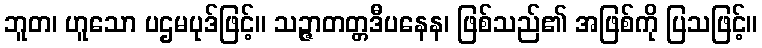
ဘူတ၊ ဟူသော ပဌမပုဒ်ဖြင့်။ သဉ္ဇာတတ္တဒီပနေန၊ ဖြစ်သည်၏ အဖြစ်ကို ပြသဖြင့်။